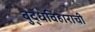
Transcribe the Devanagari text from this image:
बुद्धविहाराची